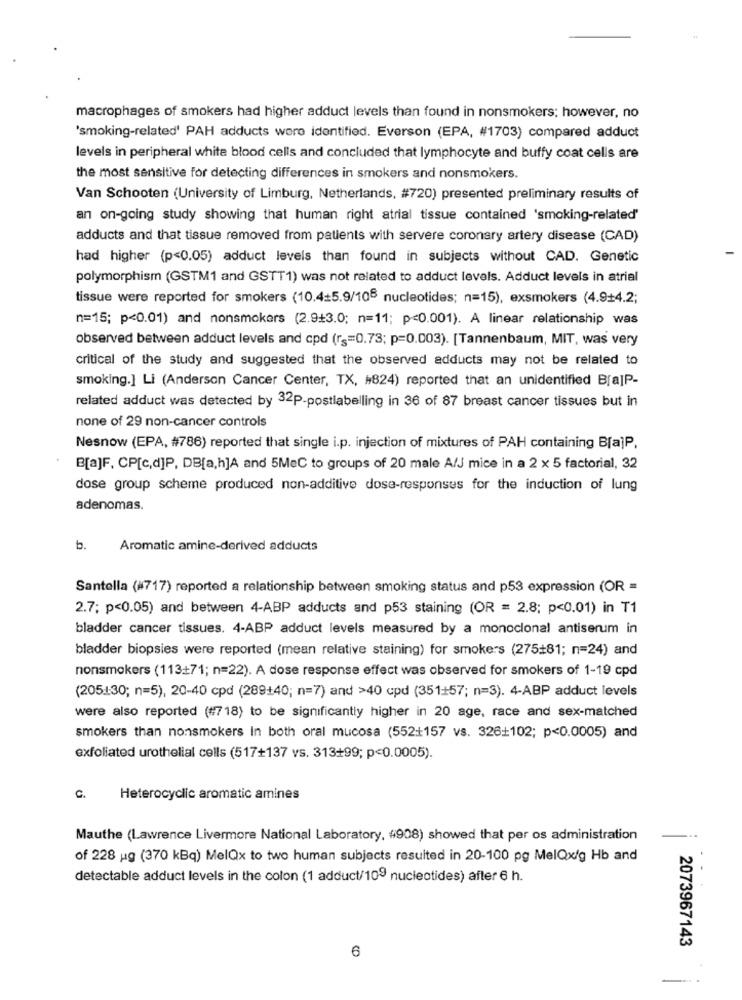
macrophages of smokers had higher adduct levels than found in nonsmokers; however, no
'smoking-related' PAH adducts were identified. Everson (EPA, #1703) compared adduct
levels in peripheral white blood cells and concluded that lymphocyte and buffy coat cells are
the most sensitive for detecting differences in smokers and nonsmokers.
Van Schooten (University of Limburg, Netherlands, #720) presented preliminary results of
an on-going study showing that human right atrial tissue contained 'smoking-related'
adducts and that tissue removed from patients with servere coronary artery disease (CAD)
had higher (p<0.05) adduct levels than found in subjects without CAD. Genetic
polymorphism (GSTM1 and GSTT1) was not related to adduct levels. Adduct levels in atrial
tissue were reported for smokers (10.45.9/100 nucleotides; n=15), exsmokers (4.9+4.2;
n=15; p<0.01) and nonsmokers (2.9+3.0; n=11; p<0.001). A linear relationship was
observed between adduct levels and cpd (rg=0.73; p=0.003). [Tannenbaum, MIT, was very
critical of the study and suggested that the observed adducts may not be related to
smoking.] Li (Anderson Cancer Center, TX, #824) reported that an unidentified BrajP-
related adduct was detected by 32P-postlabelling in 36 of 87 breast cancer tissues but in
none of 29 non-cancer controls
Nesnow (EPA, #786) reported that single i.p. injection of mixtures of PAH containing B[a]P,
B[a]F, CP[c,d]P, DB[a,h]A and 5MeC to groups of 20 male A/J mice in a 2 x 5 factorial, 32
dose group scheme produced non-additive dose-responses for the induction of lung
adenomas.
b.
Aromatic amine-derived adducts
Santella (#717) reported a relationship between smoking status and p53 expression (OR =
2.7; p<0.05) and between 4-ABP adducts and p53 staining (OR = 2.8; p<0.01) in T1
bladder cancer tissues. 4-ABP adduct levels measured by a monoclonal antiserum in
bladder biopsies were reported (mean relative staining) for smokers (275#81; n=24) and
nonsmokers (113+71; n=22). A dose response effect was observed for smokers of 1-19 cpd
(205.1:30; n=5), 20-40 cpd (289+40; n=7) and >40 cpd (351+57; n=3). 4-ABP adduct levels
were also reported (#718) to be significantly higher in 20 age, race and sex-matched
smokers than nonsmokers In both oral mucosa (552+157 vs. 326+102; p<0.0005) and
exfoliated urothelial cells (517+137 vs. 313+99; p<0.0005).
C.
Heterocyclic aromatic amines
Mauthe (Lawrence Livermore National Laboratory, #908) showed that per os administration
of 228 ug (370 kBq) MelQx to two human subjects resulted in 20-100 pg MelQx/g Hb and
.-
detectable adduct levels in the colon (1 adduct/109 nucleotides) after 6 h.
2073967143
6
-.